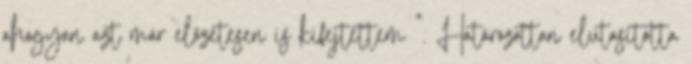
ahogyan azt már előzetesen is kifejtettem ". Határozottan elutasította